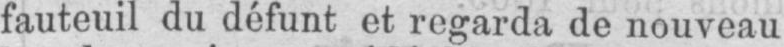
fauteuil du défunt et regarda de nouveau